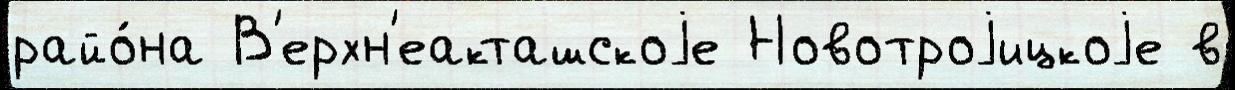
райо́на В'ерхн'еакташскоjе Новотроjицкоjе в